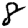
Digit: 8